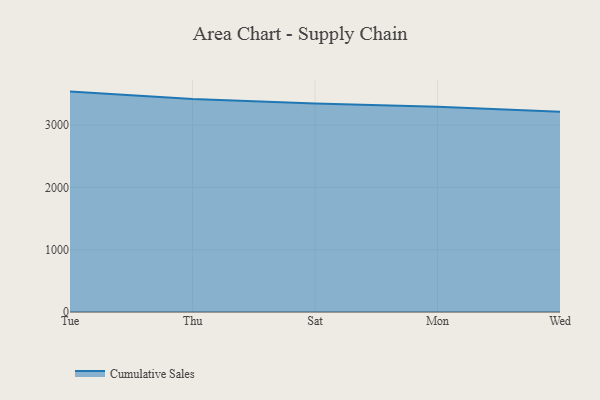
{"axis": {"x": "Day", "y": "Revenue (USD Million)"}, "legend": ["Cumulative Sales"], "data": [{"x": "Tue", "y": 3539.2, "type": "Cumulative Sales"}, {"x": "Thu", "y": 3419.0, "type": "Cumulative Sales"}, {"x": "Sat", "y": 3348.9, "type": "Cumulative Sales"}, {"x": "Mon", "y": 3294.1, "type": "Cumulative Sales"}, {"x": "Wed", "y": 3215.4, "type": "Cumulative Sales"}]}